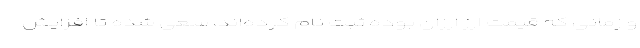
و زمانی که قیمت ارز ارزان بوده ثبت نام کرده‌اند، سعی شده تا افزایش